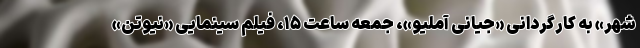
شهر» به کارگردانی «جیانی آملیو»، جمعه ساعت ۱۵، فیلم سینمایی «نیوتن»